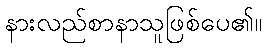
နားလည်စာနာသူဖြစ်ပေ၏။